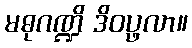
မဓုဂဏ္ဍိ ဒိဝပ္ဖလာ။